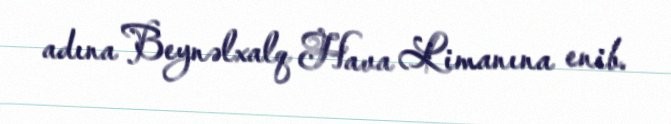
adına Beynəlxalq Hava Limanına enib.